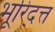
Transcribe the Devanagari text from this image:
भूरिदत्त